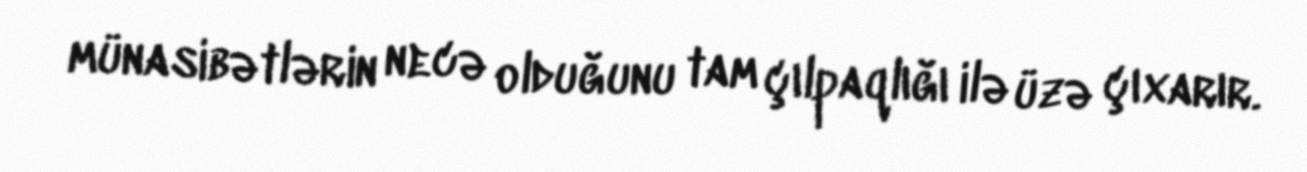
münasibətlərin necə olduğunu tam çılpaqlığı ilə üzə çıxarır.